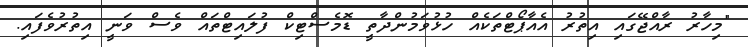
"މިހާރު ރާއްޖޭގައި އިތުރު އެއާޕޯޓްތަކެއް ހުޅުވަމުންދާތީ ޑޮމެސްޓިކް ފުލައިޓްތައް ވެސް ވަނީ އިތުރުވެފައި.